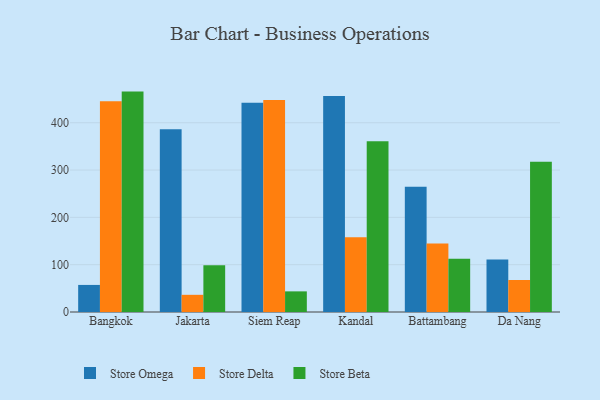
{"axis": {"x": "City", "y": "Tickets Resolved"}, "legend": ["Store Beta", "Store Delta", "Store Omega"], "data": [{"x": "Bangkok", "y": 57.2, "type": "Store Omega"}, {"x": "Bangkok", "y": 445.6, "type": "Store Delta"}, {"x": "Bangkok", "y": 465.8, "type": "Store Beta"}, {"x": "Jakarta", "y": 386.3, "type": "Store Omega"}, {"x": "Jakarta", "y": 36.3, "type": "Store Delta"}, {"x": "Jakarta", "y": 99.0, "type": "Store Beta"}, {"x": "Siem Reap", "y": 442.0, "type": "Store Omega"}, {"x": "Siem Reap", "y": 448.1, "type": "Store Delta"}, {"x": "Siem Reap", "y": 43.6, "type": "Store Beta"}, {"x": "Kandal", "y": 456.7, "type": "Store Omega"}, {"x": "Kandal", "y": 157.8, "type": "Store Delta"}, {"x": "Kandal", "y": 361.1, "type": "Store Beta"}, {"x": "Battambang", "y": 264.6, "type": "Store Omega"}, {"x": "Battambang", "y": 144.9, "type": "Store Delta"}, {"x": "Battambang", "y": 112.5, "type": "Store Beta"}, {"x": "Da Nang", "y": 110.9, "type": "Store Omega"}, {"x": "Da Nang", "y": 67.7, "type": "Store Delta"}, {"x": "Da Nang", "y": 317.3, "type": "Store Beta"}]}